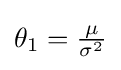
{\textstyle \textstyle \theta _{1}={\frac {\mu }{\sigma ^{2}}}}